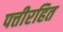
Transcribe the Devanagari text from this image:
पत्तीरहित